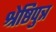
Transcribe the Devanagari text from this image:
श्रेष्ठिपुत्र